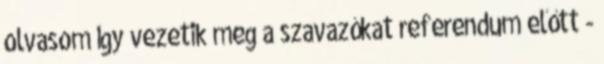
olvasom Így vezetik meg a szavazókat referendum előtt -